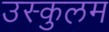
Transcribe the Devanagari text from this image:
उस्कुलम